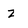
Character: z